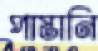
পাস্তানি